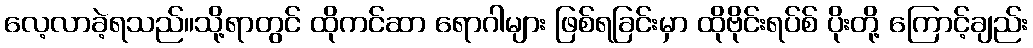
လေ့လာခဲ့ရသည်။သို့ရာတွင် ထိုကင်ဆာ ရောဂါများ ဖြစ်ရခြင်းမှာ ထိုဗိုင်းရပ်စ် ပိုးတို့ ကြောင့်ချည်း